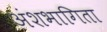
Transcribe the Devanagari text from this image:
अंशभागिता